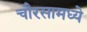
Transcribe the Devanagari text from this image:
चौरसामध्ये